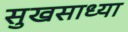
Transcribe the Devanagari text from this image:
सुखसाध्या